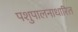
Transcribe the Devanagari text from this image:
पशुपालनाधारित